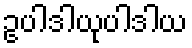
ဥပါဒါယုပါဒါယ